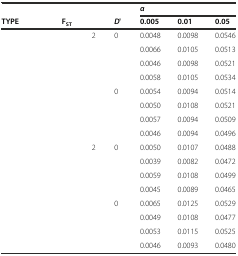
<table><thead><tr><td>[EMPTY_CELL]</td><td>[EMPTY_CELL]</td><td>[EMPTY_CELL]</td><td>[EMPTY_CELL]</td><td colspan="3"><b><i>α</i></b></td></tr><tr><td><b>TYPE</b></td><td><b>F<sub>ST</sub></b></td><td>[EMPTY_CELL]</td><td><b><i>D</i>'</b></td><td><b>0.005</b></td><td><b>0.01</b></td><td><b>0.05</b></td></tr></thead><tbody><tr><td rowspan="8">[EMPTY_CELL]</td><td rowspan="4">[EMPTY_CELL]</td><td>2</td><td>0</td><td>0.0048</td><td>0.0098</td><td>0.0546</td></tr><tr><td>[EMPTY_CELL]</td><td>[EMPTY_CELL]</td><td>0.0066</td><td>0.0105</td><td>0.0513</td></tr><tr><td>[EMPTY_CELL]</td><td>[EMPTY_CELL]</td><td>0.0046</td><td>0.0098</td><td>0.0521</td></tr><tr><td>[EMPTY_CELL]</td><td>[EMPTY_CELL]</td><td>0.0058</td><td>0.0105</td><td>0.0534</td></tr><tr><td rowspan="4">[EMPTY_CELL]</td><td>[EMPTY_CELL]</td><td>0</td><td>0.0054</td><td>0.0094</td><td>0.0514</td></tr><tr><td>[EMPTY_CELL]</td><td>[EMPTY_CELL]</td><td>0.0050</td><td>0.0108</td><td>0.0521</td></tr><tr><td>[EMPTY_CELL]</td><td>[EMPTY_CELL]</td><td>0.0057</td><td>0.0094</td><td>0.0509</td></tr><tr><td>[EMPTY_CELL]</td><td>[EMPTY_CELL]</td><td>0.0046</td><td>0.0094</td><td>0.0496</td></tr><tr><td rowspan="8">[EMPTY_CELL]</td><td rowspan="4">[EMPTY_CELL]</td><td>2</td><td>0</td><td>0.0050</td><td>0.0107</td><td>0.0488</td></tr><tr><td>[EMPTY_CELL]</td><td>[EMPTY_CELL]</td><td>0.0039</td><td>0.0082</td><td>0.0472</td></tr><tr><td>[EMPTY_CELL]</td><td>[EMPTY_CELL]</td><td>0.0059</td><td>0.0108</td><td>0.0499</td></tr><tr><td>[EMPTY_CELL]</td><td>[EMPTY_CELL]</td><td>0.0045</td><td>0.0089</td><td>0.0465</td></tr><tr><td rowspan="4">[EMPTY_CELL]</td><td>[EMPTY_CELL]</td><td>0</td><td>0.0065</td><td>0.0125</td><td>0.0529</td></tr><tr><td>[EMPTY_CELL]</td><td>[EMPTY_CELL]</td><td>0.0049</td><td>0.0108</td><td>0.0477</td></tr><tr><td>[EMPTY_CELL]</td><td>[EMPTY_CELL]</td><td>0.0053</td><td>0.0115</td><td>0.0525</td></tr><tr><td>[EMPTY_CELL]</td><td>[EMPTY_CELL]</td><td>0.0046</td><td>0.0093</td><td>0.0480</td></tr></tbody></table>